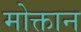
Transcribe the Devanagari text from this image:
मोक्तान